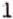
1